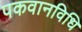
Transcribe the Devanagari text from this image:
पकवानविधि